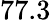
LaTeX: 77.3